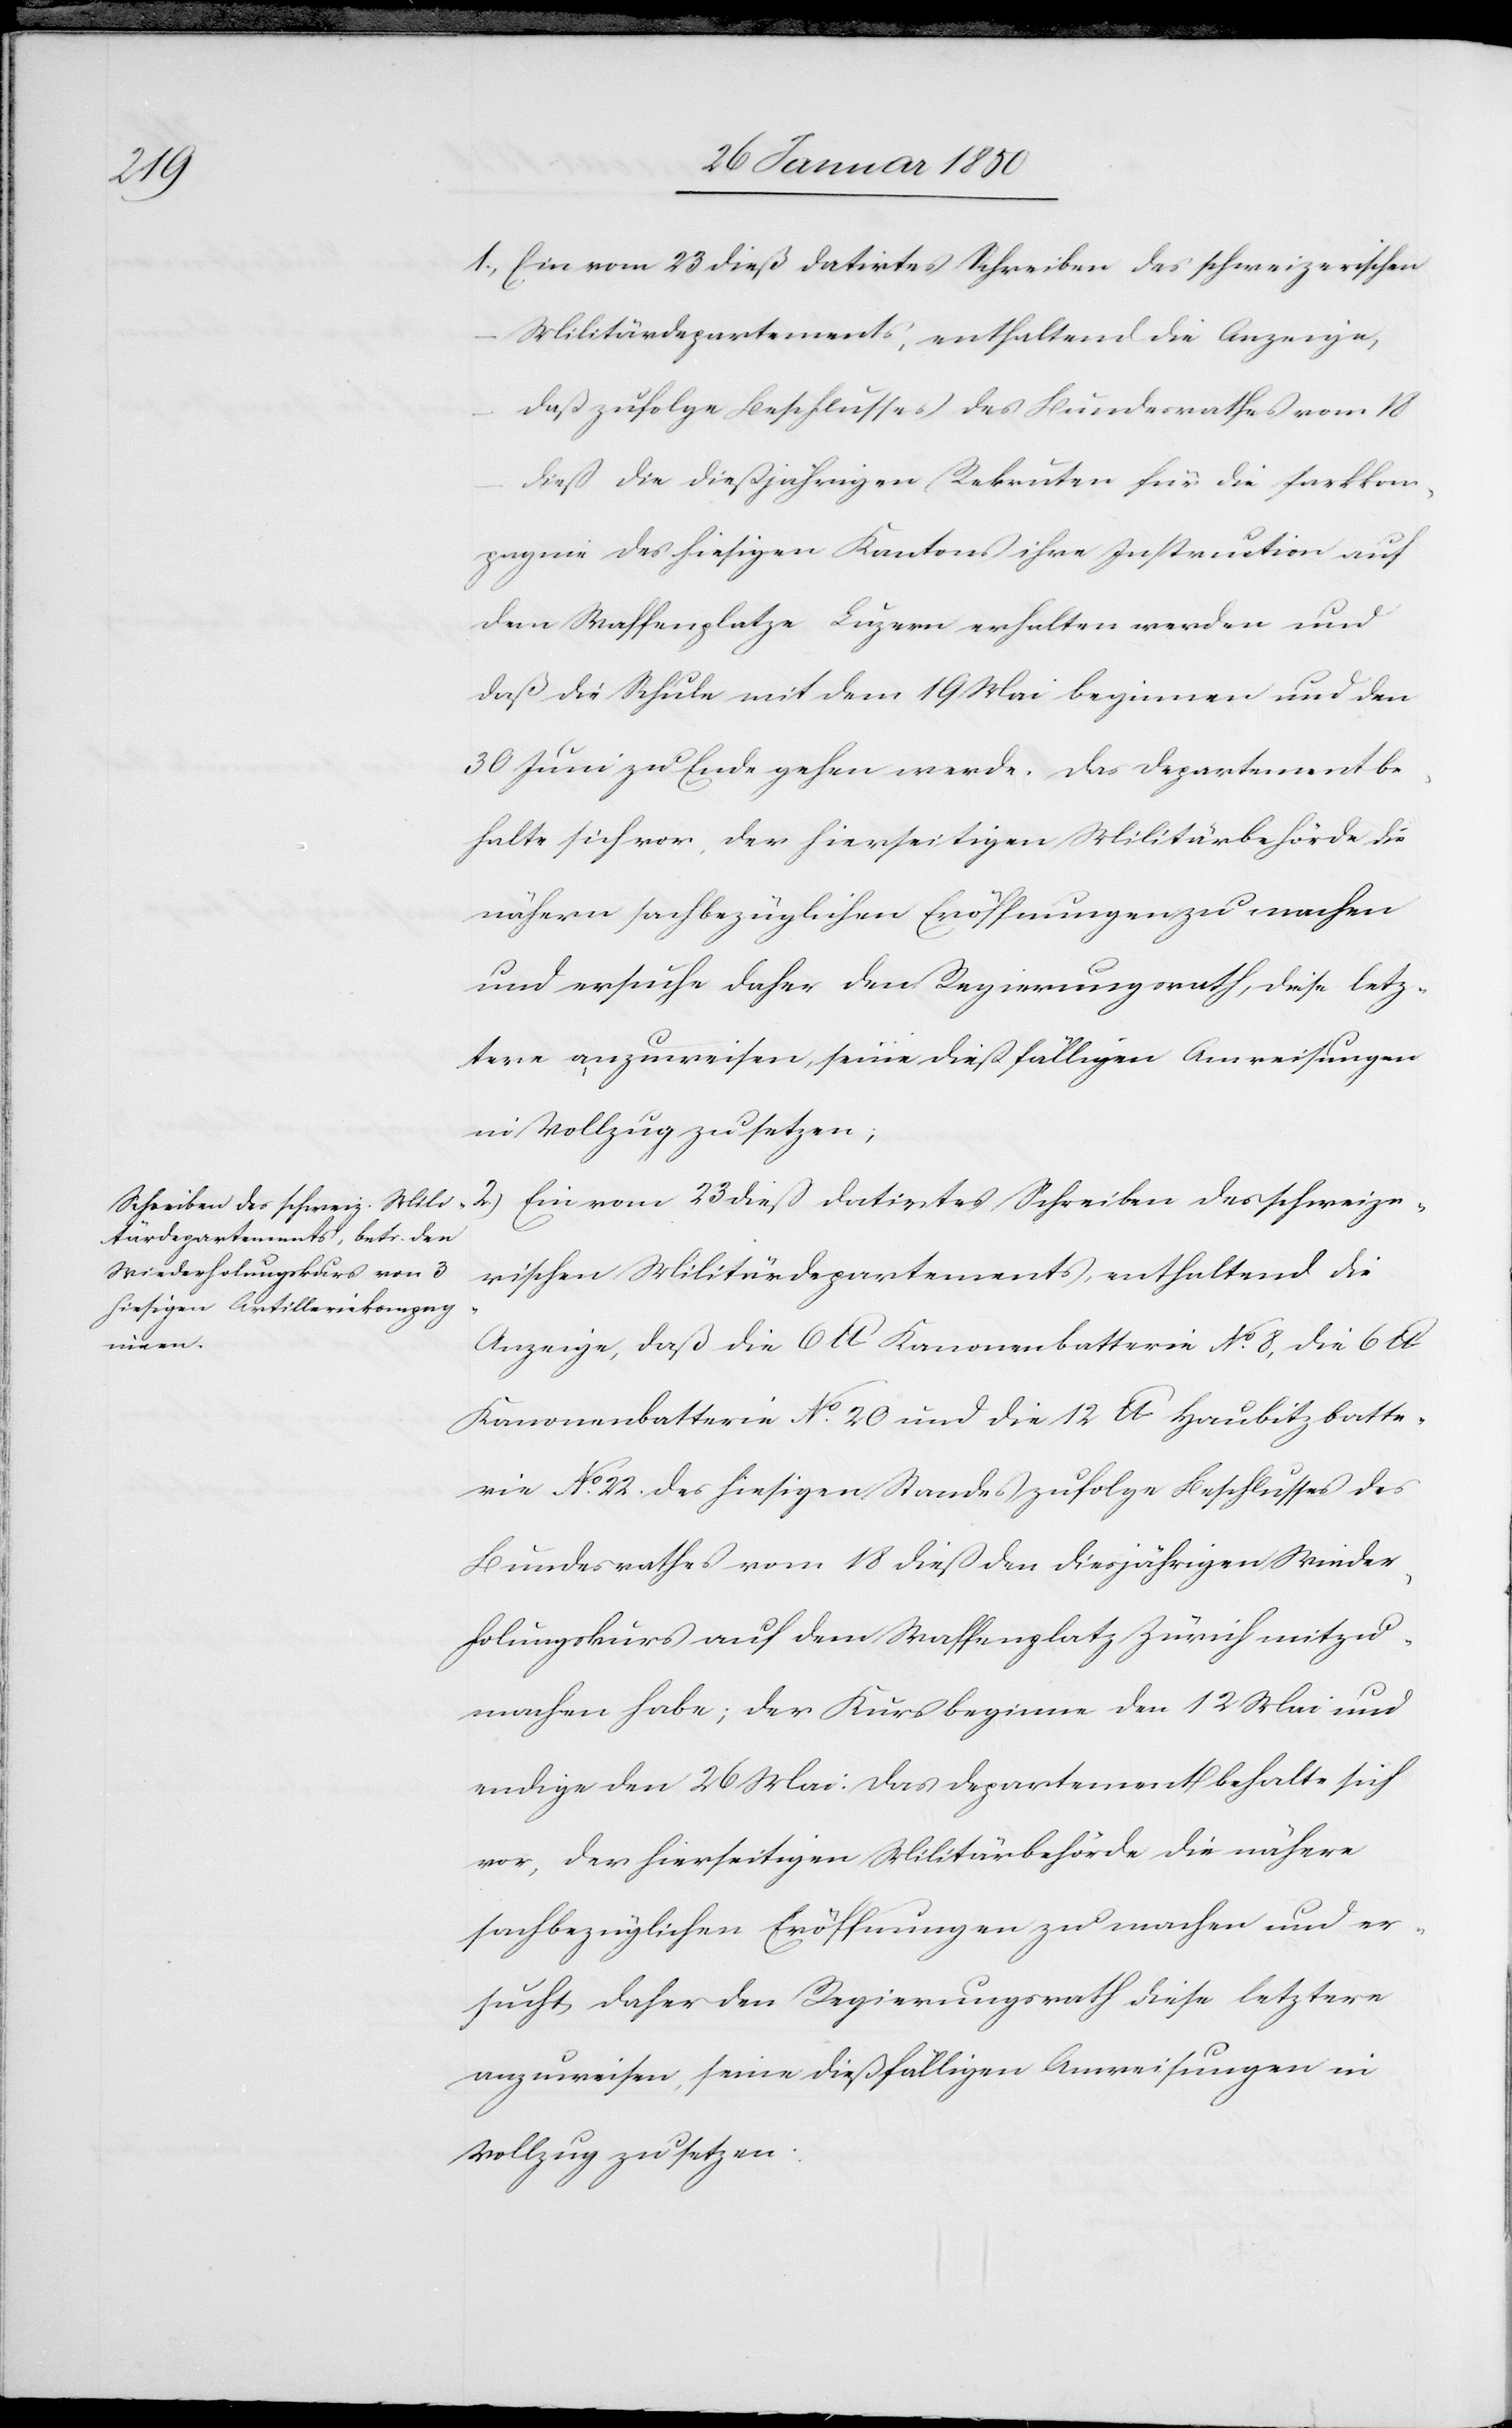
1., Ein vom 23 dieß datirtes Schreiben des schweizerischen
Militärdepartements, enthaltend die Anzeige,
daß zufolge Beschlusses des Bundesrathes vom 18
dieß die dießjährigen Rekruten für die Parkkom¬
pagnie des hiesigen Kantons ihre Instruction auf
dem Waffenplatze Luzern erhalten werden und
daß die Schule mit dem 19 Mai beginnen und den
30 Juni zu Ende gehen werde. Das Departement be¬
halte sich vor, der hierseitigen Militärbehörde die
nähern sachbezüglichen Eröffnungen zu machen
und ersuche daher den Regierungsrath, diese letz¬
tere anzuweisen, seine dießfälligen Anweisungen
in Vollzug zu setzen;
2.) Ein vom 23 dieß datirtes Schreiben des schweize¬
rischen Militärdepartements, enthaltend die
Anzeige, daß die 6 lb Kanonenbatterie No 8, die 6 lb
Kanonenbatterie No 20 und die 12 lb Haubitzbatte¬
rie No 22 des hiesigen Standes zufolge Beschlusses des
Bundesrathes vom 18 dieß den diesjährigen Wieder¬
holungskurs auf dem Waffenplatz Zürich mitzu¬
machen habe; der Kurs beginne den 12 Mai und
endige den 26 Mai: Das Departement behalte sich
vor, der hierseitigen Militärbehörde die nähere
sachbezüglichen Eröffnungen zu machen und er¬
sucht daher den Regierungsrath diese letztere
anzuweisen, seine dießfälligen Anweisungen in
Vollzug zu setzen.